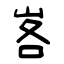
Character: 峉